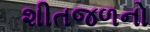
શીતજળનો